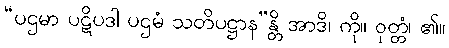
“ပဌမာ ပဋိပဒါ ပဌမံ သတိပဋ္ဌာန”န္တိ အာဒိ၊ ကို။ ဝုတ္တံ၊ ၏။